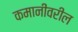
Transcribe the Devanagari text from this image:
कमानींवरील